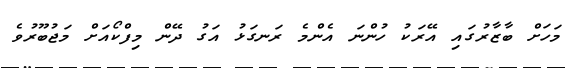
މަހަށް ބާޒާރުގައި އޭރަކު ހުންނަ އެންމެ ރަނގަޅު އަގު ދޭން މިފްކޯއަށް މަޖުބޫރުވެ